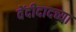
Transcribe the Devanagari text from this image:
वेंदीदादच्या